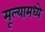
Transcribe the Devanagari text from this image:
मूल्यामध्ये